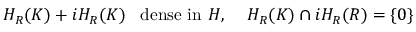
H _ { R } ( K ) + i H _ { R } ( K ) \, \, \, \, \, \mathrm { d e n s e ~ i n ~ } H , \quad \, H _ { R } ( K ) \cap i H _ { R } ( R ) = \left\{ 0 \right\}